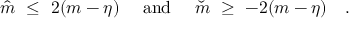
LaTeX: \hat { m } \ \leq \ 2 ( m - \eta ) \quad \mathrm { ~ a n d ~ } \quad \check { m } \ \geq \ - 2 ( m - \eta ) \quad .